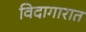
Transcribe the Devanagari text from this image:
विदागारात